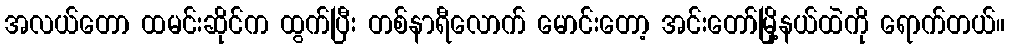
အလယ်တော ထမင်းဆိုင်က ထွက်ပြီး တစ်နာရီလောက် မောင်းတော့ အင်းတော်မြို့နယ်ထဲကို ရောက်တယ်။